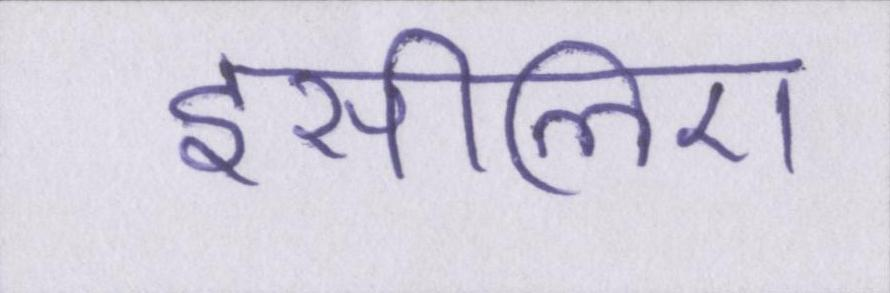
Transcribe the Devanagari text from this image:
इसीलिए